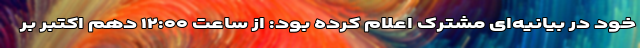
خود در بیانیه‌ای مشترک اعلام کرده بود: از ساعت ۱۲:۰۰ دهم اکتبر بر